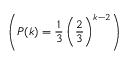
\left( P ( k ) = \frac { 1 } { 3 } \left( \frac { 2 } { 3 } \right) ^ { k - 2 } \right)